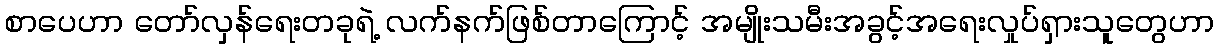
စာပေဟာ တော်လှန်ရေးတခုရဲ့ လက်နက်ဖြစ်တာကြောင့် အမျိုးသမီးအခွင့်အရေးလှုပ်ရှားသူတွေဟာ